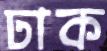
ঢাক